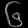
Digit: ၆